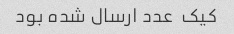
کیک  عدد ارسال شده بود